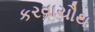
કરવાચૌથ